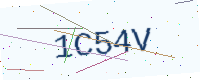
Text: 1C54V